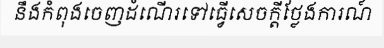
នឹងកំពុងចេញដំណើរទៅធ្វើសេចក្តីថ្លែងការណ៍